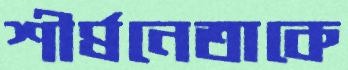
শীর্ষনেতাকে